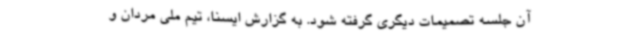
آن جلسه تصمیمات دیگری گرفته شود. به گزارش ایسنا، تیم ملی مردان و